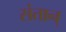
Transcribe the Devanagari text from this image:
संतान्